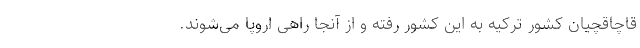
قاچاقچیان کشور ترکیه به این کشور رفته و از آنجا راهی اروپا می‌شوند.